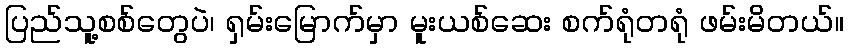
ပြည်သူ့စစ်တွေပဲ၊ ရှမ်းမြောက်မှာ မူးယစ်ဆေး စက်ရုံတရုံ ဖမ်းမိတယ်။